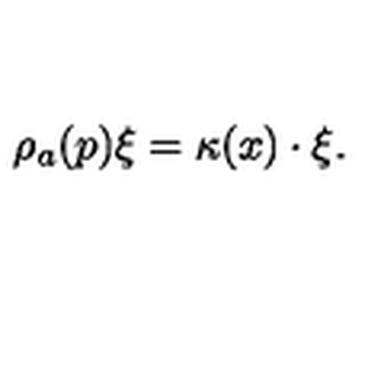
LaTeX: \rho _ { a } ( p ) \xi = \kappa ( x ) \cdot \xi .